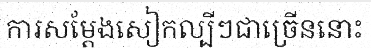
ការសម្តែងសៀកល្បីៗជាច្រើននោះ